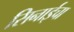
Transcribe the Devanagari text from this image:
सिनाईचा